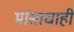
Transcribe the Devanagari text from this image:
मांसाचाही